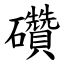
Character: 礸